Annual report on the working of the mental hospitals in the Madras Presidency - 1912-1932
Year: 1912
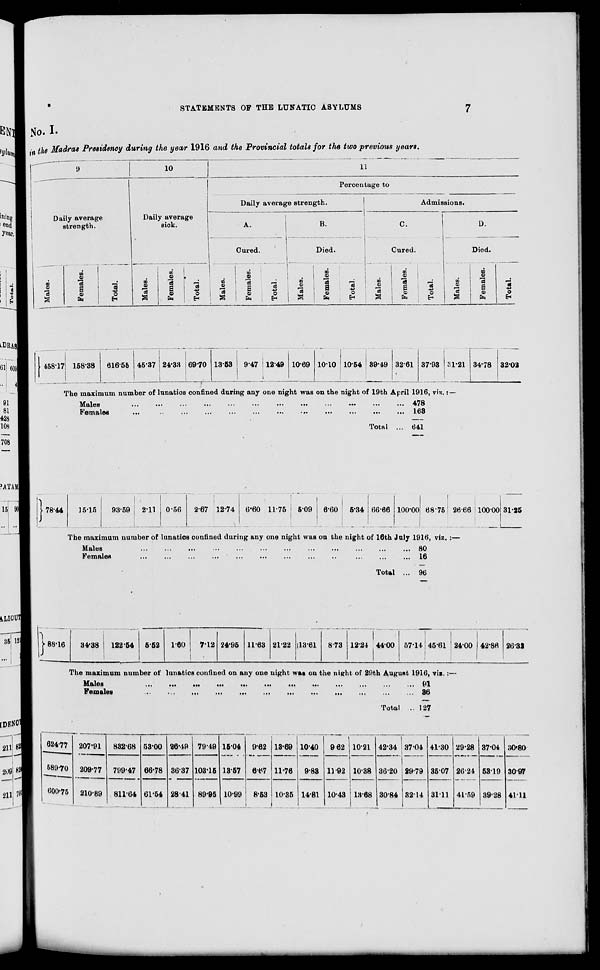
STATEMENTS OF THE LUNATIC ASYLUMS
7
No. I.
in the Madras Presidency during the year 1916 and the Provincial totals for the two previous years.
9
Daily average
strength.
Males.
458.17
Females.
158.38
Total.
616.55
10
Daily average
sick.
Males.
45.37
Females.
24.33
Total.
69.70
11
Percentage to
Daily average strength.
A.
Cured.
Males.
13.53
Females.
9.47
Total.
12.49
B.
Died.
Males.
10.69
Females.
10.10
Total.
10.54
Admissions.
C.
Cured.
Males.
39.49
Females.
32.61
Total.
37.93
D.
Died.
Males.
31.21
The maximum number of lunatics confined during any one night was on the night of 19th April 1916, viz. :—
Males
...
...
...
...
...
...
...
...
...
...
...
...
Females
...
...
... ... ... ... ... ... ... ... ... ...
Total ...
478
163
641
Females.
34.78
Total.
32.02
78.44
15.15
93.59
2.11 0.56
2.67 12.74 6.60 11.75 5.09
6.60
5.34 66.66 100.00 68.75 26.66
The maximum number of lunatics confined during any one night was on the night of 16th July 1916, viz. :—
Males
...
...
...
...
...
...
...
...
...
...
Females
...
...
...
...
...
...
...
...
...
Total ...
80
16
96
100.00 31.25
88.16
624.77
589.70
600.75
34.38
122.54 5.52 1.60
7.12 24.95 11.63 21.22 13.61 8.73 12.24 44.00 57.41 45.61
The maximum number of lunatics confined on any one night was on the night of 29th August 1916, viz. :—
Males
...
...
...
...
...
...
...
...
Females
...
...
...
...
...
...
...
...
Total ...
207.91
209.77
210.89
832.68
799.47
811.64
53.00
66.78
61.54
26.49
36.37
28.41
79.49
103.15
89.95
15.04
13.57
10.99
9.62
6.67
8.53
13.69
11.76
10.35
10.40
9.83
14.81
9.62
11.92
10.43
10.21
10.38
13.68
42.34
36.20
30.84
91
36
127
37.04
29.79
32.14
41.30
35.07
31.11
24.00 42.86 26.32
29.28
26.24
41.59
37.04
53.19
39.28
30.80
30.97
41.11